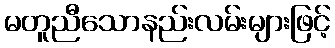
မတူညီသောနည်းလမ်းများဖြင့်